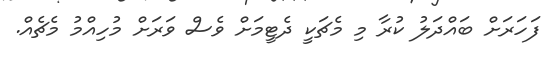
ފަހަރަށް ބައްދަލު ކުރާ މި މެޗަކީ ދެޓީމަށް ވެސް ވަރަށް މުހިއްމު މެޗެއް.